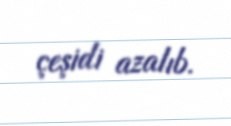
çeşidi azalıb.